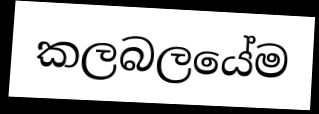
කලබලයේම